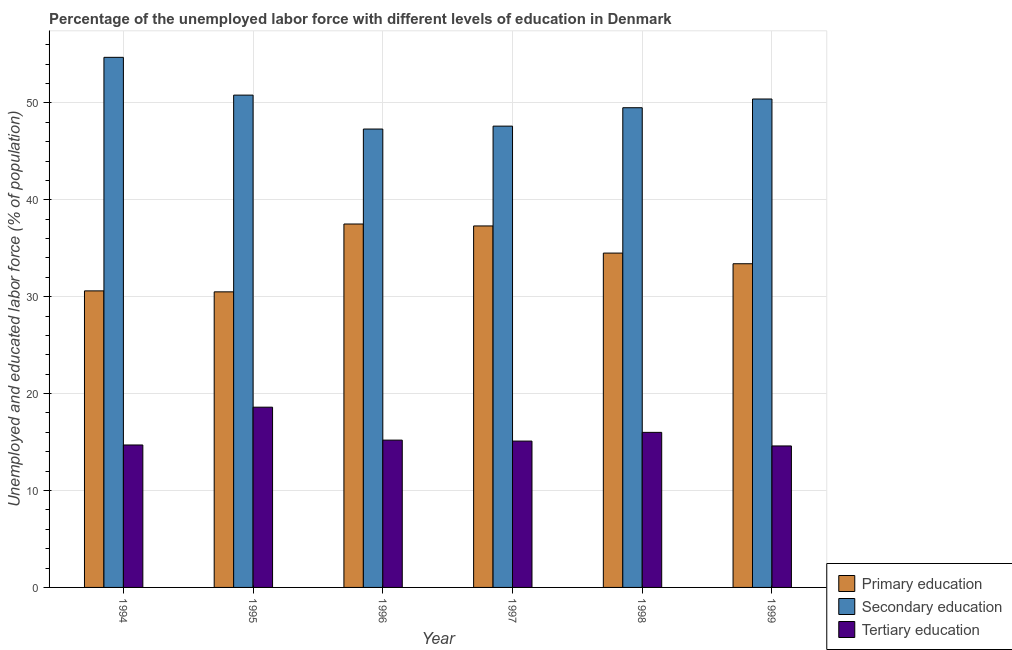
| Year | Primary education | Secondary education | Tertiary education |
 | --- | --- | --- | --- |
 | 1994 | 30.6 | 54.7 | 14.7 |
 | 1995 | 30.5 | 50.8 | 18.6 |
 | 1996 | 37.5 | 47.3 | 15.2 |
 | 1997 | 37.3 | 47.6 | 15.1 |
 | 1998 | 34.5 | 49.5 | 16 |
 | 1999 | 33.4 | 50.4 | 14.6 |